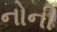
નોની